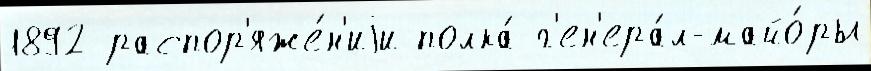
1892 распор'яже́н'иjи полка́ г'ен'ера́л-майо́ры